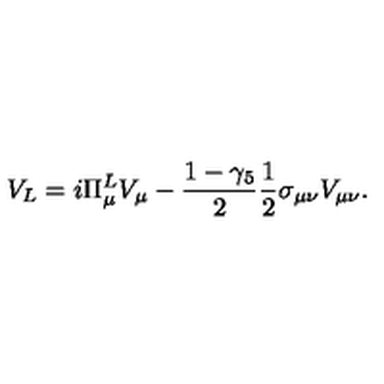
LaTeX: V _ { L } = i \Pi _ { \mu } ^ { L } V _ { \mu } - \frac { 1 - \gamma _ { 5 } } { 2 } \frac { 1 } { 2 } \sigma _ { \mu \nu } V _ { \mu \nu } .